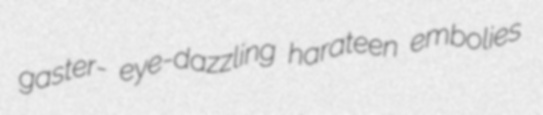
gaster- eye-dazzling harateen embolies